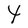
Character: t